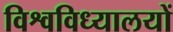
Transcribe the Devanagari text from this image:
विश्वविध्यालयों